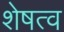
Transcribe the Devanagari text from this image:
शेषत्व